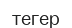
тегер